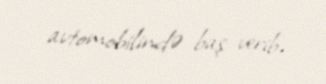
avtomobilində baş verib.